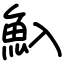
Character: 魞